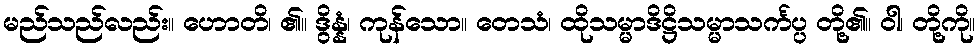
မည်သည်လည်း။ ဟောတိ၊ ၏။ ဒွိန္နံ၊ ကုန်သော။ တေသံ၊ ထိုသမ္မာဒိဋ္ဌိသမ္မာသင်္ကပ္ပ တို့၏။ ဝါ၊ တို့ကို။